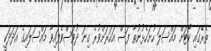
ތެރޭގައި ކޯޓަށް މައްސަލަ ހުށަހެޅުނުތާ ފަސް އަހަރަށްވުރެ ގިނަ ދުވަސްވެފައިވާ މައްސަލައިގެ އަދަދަކީ